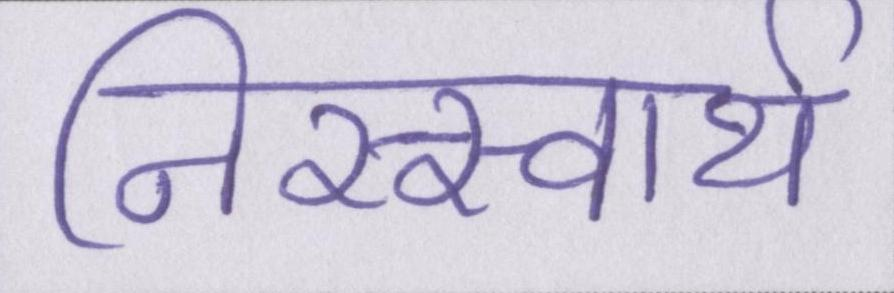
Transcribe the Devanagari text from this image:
निस्स्वार्थ